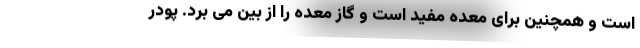
است و همچنین برای معده مفید است و گاز معده را از بین می برد. پودر